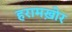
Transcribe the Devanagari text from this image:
हरामख़ोर